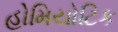
હોમિયોટિક